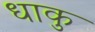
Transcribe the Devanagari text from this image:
धाकु